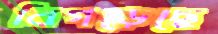
বিগড়েছে